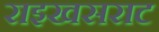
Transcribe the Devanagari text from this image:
राइखसराट